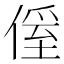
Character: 𠌠